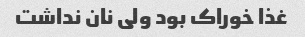
غذا خوراک بود ولی نان نداشت